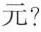
元?